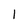
Character: 1